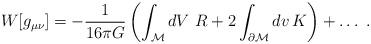
LaTeX: \begin{align*}W[g_{\mu\nu}]=-{1\over 16\pi G}\left(\int_{\cal M} dV\, \, R +2\int_{\partial {\cal M}}dv \, K\right)+\ldots \, \, .\end{align*}